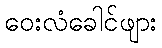
ဝေးလံခေါင်ဖျား